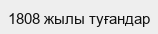
1808 жылы туғандар